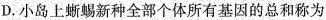
D. 小岛上蜥蜴新种全部个体所有基因的总和称为